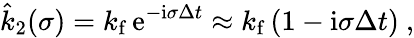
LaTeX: \hat{k}_{2}(\sigma)=k_{\mathrm{f}}\, \mathrm{e}^{-\mathrm{i}\sigma\Delta t}\approx k_{\mathrm{f}}\, (1-\mathrm{i}\sigma\Delta t)\ ,